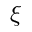
\xi